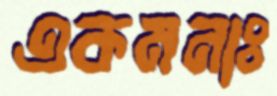
একমনাঃ